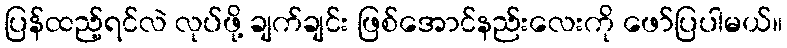
ပြန်ထည့်ရင်လဲ လုပ်ဖို့ ချက်ချင်း ဖြစ်အောင်နည်းလေးကို ဖော်ပြပါမယ်။